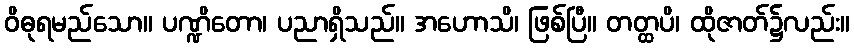
ဝိဓုရမည်သော။ ပဏ္ဍိတော၊ ပညာရှိသည်။ အဟောသိ၊ ဖြစ်ပြီ။ တတ္ထပိ၊ ထိုဇာတ်၌လည်း။